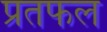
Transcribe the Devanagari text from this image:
प्रतफल